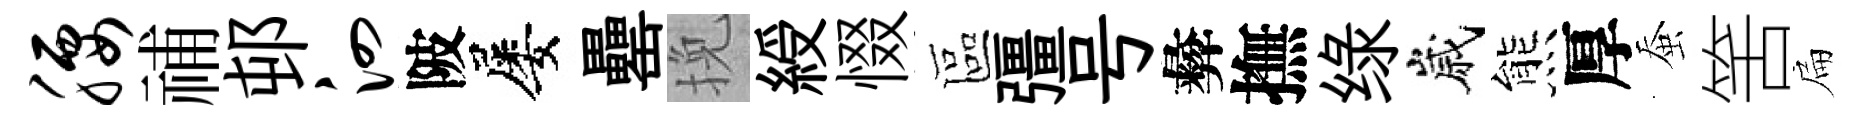
腰𥙷邨泗陂屡罍挽綬惙區彊号彜撫绿嵗熊厚蚕筈扁